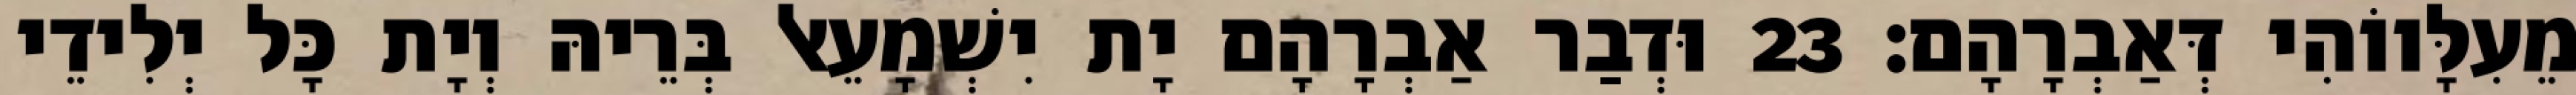
מֵעִלָּווֹהִי דְּאַבְרָהָם׃ 23 וּדְבַר אַבְרָהָם יָת יִשְׁמָעֵאל בְּרֵיהּ וְיָת כָּל יְלִידֵי